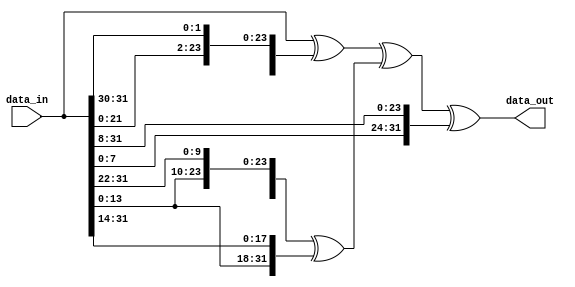
///////////////////////////////////////////////////////////////////////////////
//                 mostafa mahmoud - mostafamhamoud192@gmail.com              //               
//                                                                            //
// Design Name:    Cycle_Shift                                                //
// Project Name:   zero-riscy                                                 //
// Language:       Verilog                                                    //
//                                                                            //
// Description:   Routet Left data_in Specific Number                          //
////////////////////////////////////////////////////////////////////////////////
module cyclic_shift 
  (
  input [31:0] data_in        ,
  output wire [31:0] data_out
  );
  
  assign	data_out = ( 	 (data_in ^ {data_in[29:0], data_in[31:30]}) 
                       ^({data_in[21:0], data_in[31:22]} ^ {data_in[13:0], data_in[31:14]})) 
				               ^{data_in[7:0], data_in[31:8]};
	endmodule